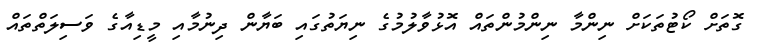
ގޮތަށް ކޯޓުތަކަށް ނިންމާ ނިންމުންތައް އޮޅުވާލުމުގެ ނިޔަތުގައި ބަޔާން ދިނުމާއި މީޑިއާގެ ވަސިލަތްތައް